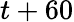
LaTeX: t+60